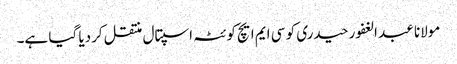
مولانا عبد الغفور حیدری کو سی ایم ایچ کوئٹہ اسپتال منتقل کردیا گیا ہے۔